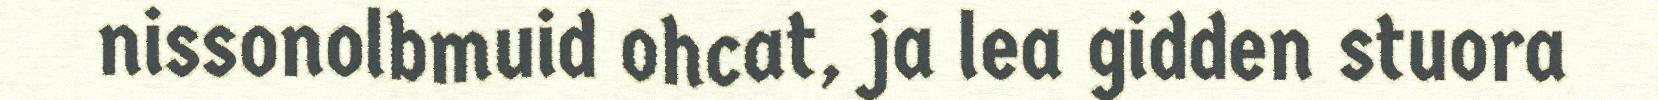
nissonolbmuid ohcat, ja lea gidden stuora